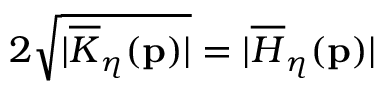
2 \sqrt { \vert \overline { { K } } _ { \eta } ( \mathbf { p } ) \vert } = \vert \overline { { H } } _ { \eta } ( \mathbf { p } ) \vert